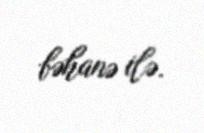
bəhanə ilə.